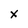
Character: x